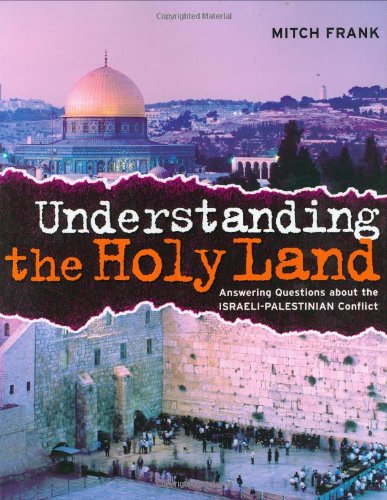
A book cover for Understanding the Holy Land: Answering questions about the Israeli-Palestinian Conflict; Mitch Frank; Children's Books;